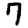
Digit: 7